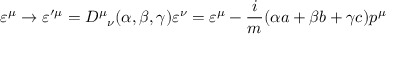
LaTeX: \varepsilon ^ { \mu } \rightarrow \varepsilon ^ { \prime \mu } = { D ^ { \mu } } _ { \nu } ( \alpha , \beta , \gamma ) \varepsilon ^ { \nu } = \varepsilon ^ { \mu } - \frac { i } { m } ( \alpha a + \beta b + \gamma c ) p ^ { \mu }